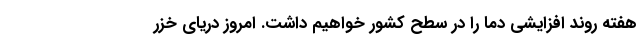
هفته روند افزایشی دما را در سطح کشور خواهیم داشت. امروز دریای خزر